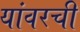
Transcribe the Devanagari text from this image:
यांवरची